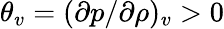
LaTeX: {\theta_{v}}={(\partial p/\partial\rho)_{v}}>0